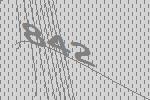
842